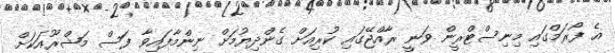
އެ ފޯރަމްގައި މިނިސްޓްރީން ވަނީ ރާއްޖޭގައި ކުރިއަށް ގެންދިޔުމަށް ނިންމާފައިވާ ފަސް މަޝްރޫއަކަށް